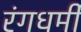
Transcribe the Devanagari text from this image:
रंगधर्मी